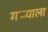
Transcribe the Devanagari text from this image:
गर्‍याला